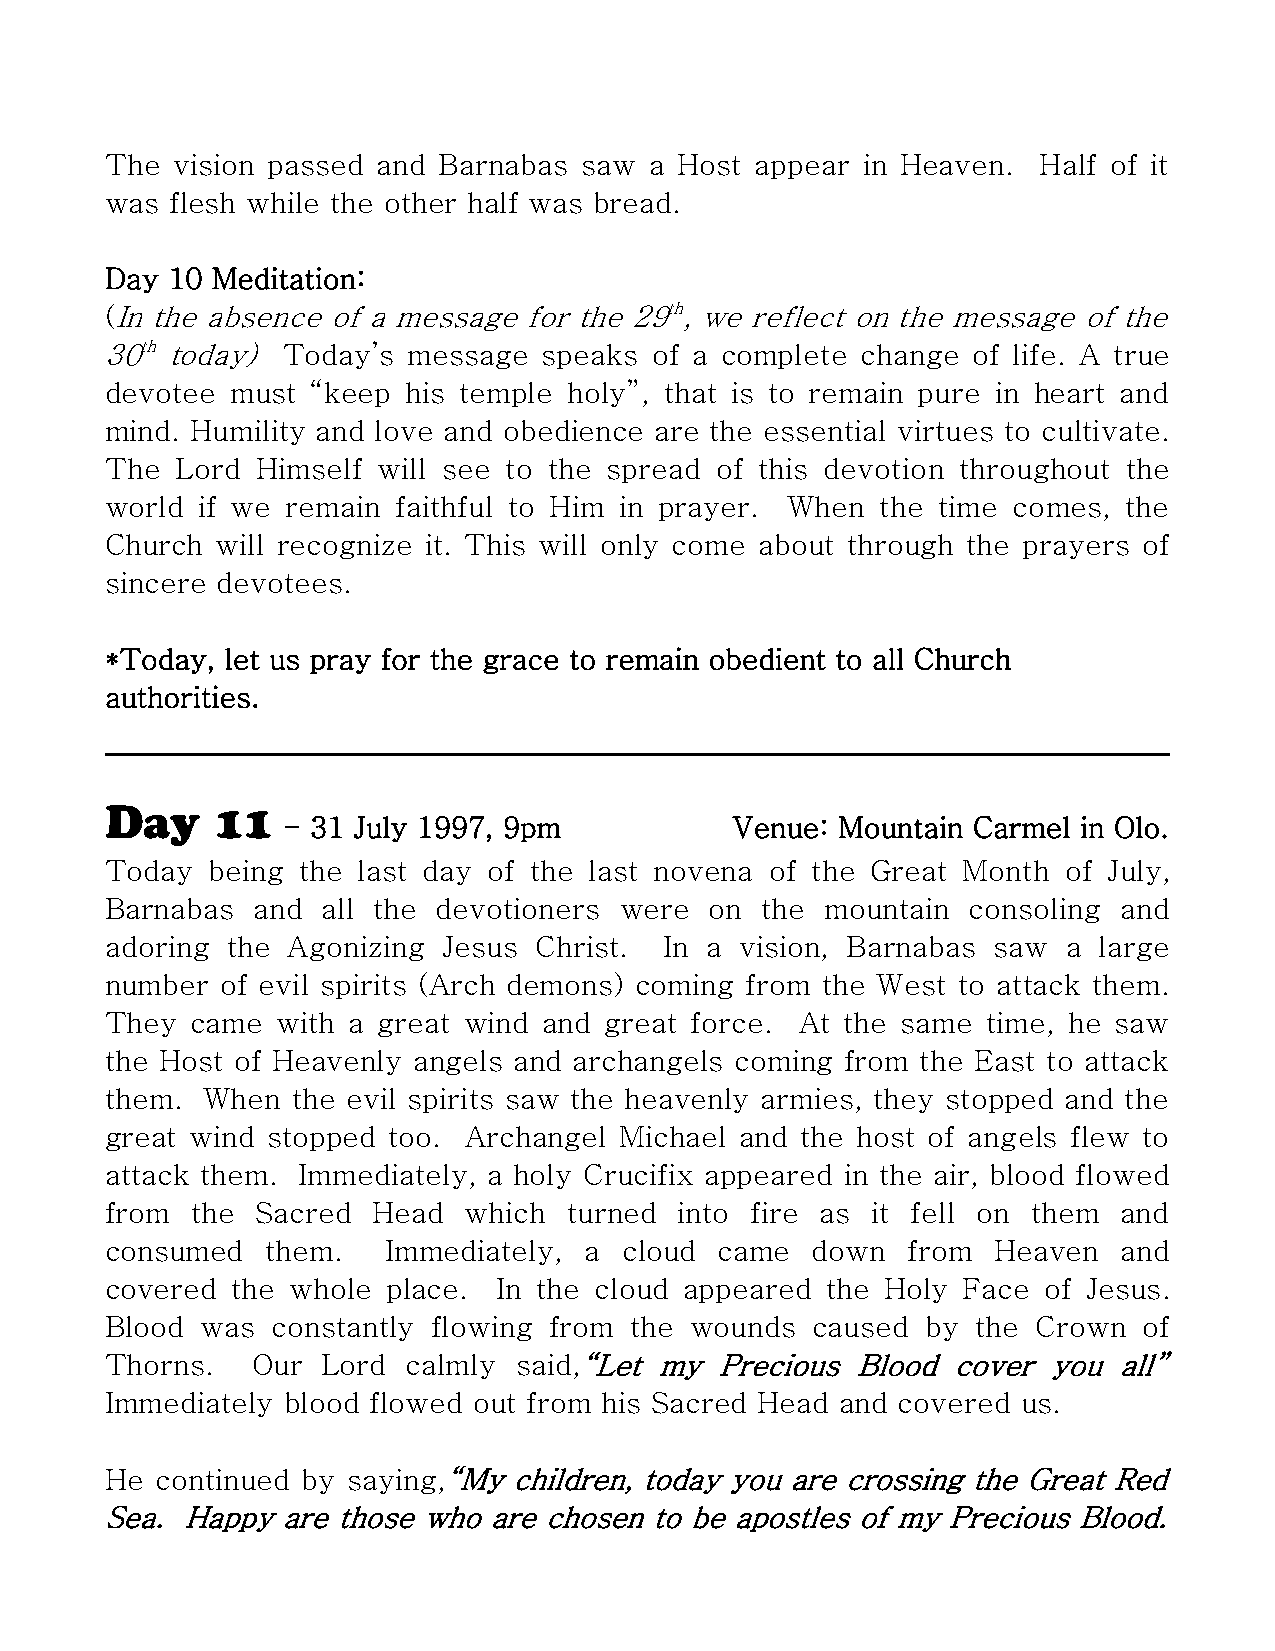
The vision passed and Barnabas  saw a Host appear in Heaven.  Half of it
 was flesh while the other half was bread.
 Day 10 Meditation:
 (In the absence of a message for the 29th, we reflect on the message of the
 30th today) Today’s message  speaks of a complete change of life. A true
 devotee must  “keep his temple holy”, that is to remain pure in heart and
 mind. Humility and love and obedience are the essential virtues to cultivate.
 The  Lord Himself will see to the spread of this devotion throughout the
 world if we remain faithful to Him in prayer. When the time comes, the
 Church will recognize it. This will only come about through the prayers of
 sincere devotees.
 *Today, let us pray for the grace to remain obedient to all Church
 authorities.
 Day    11
 - 31 July 1997, 9pm          Venue: Mountain Carmel in Olo.
 Today  being the last day of the last novena of the Great Month of July,
 Barnabas  and all the devotioners were  on the  mountain consoling and
 adoring the Agonizing Jesus Christ.  In a vision, Barnabas saw  a large
 number  of evil spirits (Arch demons) coming from the West to attack them.
 They  came with a great wind and great force. At the same time, he saw
 the Host of Heavenly angels and archangels coming from the East to attack
 them. When  the evil spirits saw the heavenly armies, they stopped and the
 great wind stopped too. Archangel Michael and the host of angels flew to
 attack them. Immediately, a holy Crucifix appeared in the air, blood flowed
 from  the Sacred  Head  which  turned into fire as it fell on them and
 consumed   them.   Immediately, a cloud  came  down  from  Heaven  and
 covered the whole  place. In the cloud appeared the Holy Face of Jesus.
 Blood was  constantly flowing from the wounds  caused by  the Crown  of
 Thorns.   Our Lord  calmly said,“Let my  Precious Blood cover  you all”
 Immediately blood flowed out from his Sacred Head and covered us.
 He continued by saying,“My children, today you are crossing the Great Red
 Sea. Happy  are those who are chosen to be apostles of my Precious Blood.